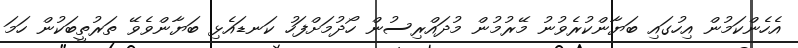
އެހެންކަމުން އިހުގައި ބަޔާންކުރެވުނު މޭރުމުން މުދައްރިސުން ހޯދުމަށްފަހު ކަނޑައެޅި ބަޔާންވެވޭ ތަރުތީބަކުން ހަމަ